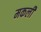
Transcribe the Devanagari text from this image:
मकली